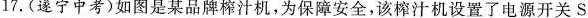
17.(遂宁中考)如图是某品牌榨汁机，为保障安全，该榨汁机设置了电源开关S